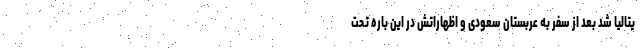
یتالیا شد بعد از سفر به عربستان سعودی و اظهاراتش در این باره تحت